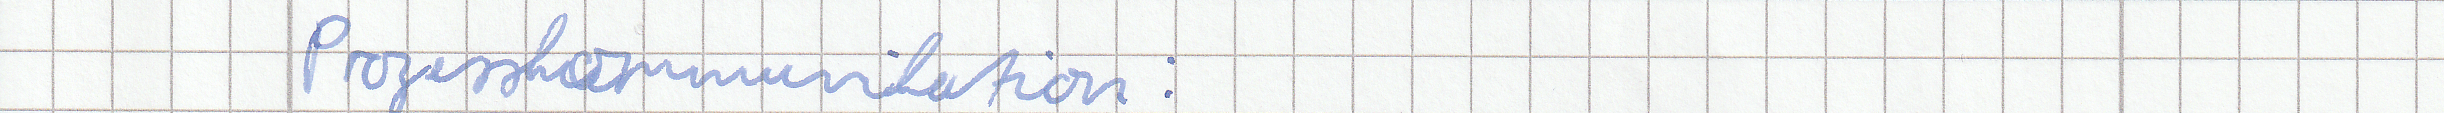
Prozesskommunikation :